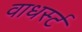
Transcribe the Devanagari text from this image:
वाधर्स्ट